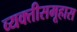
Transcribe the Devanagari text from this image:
व्यक्तीसमूहास